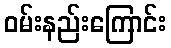
ဝမ်းနည်းကြောင်း